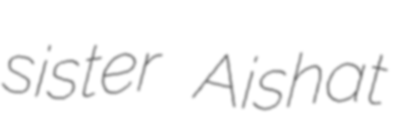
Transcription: sister Aishat